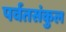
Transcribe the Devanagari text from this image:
पर्वतसंकुल